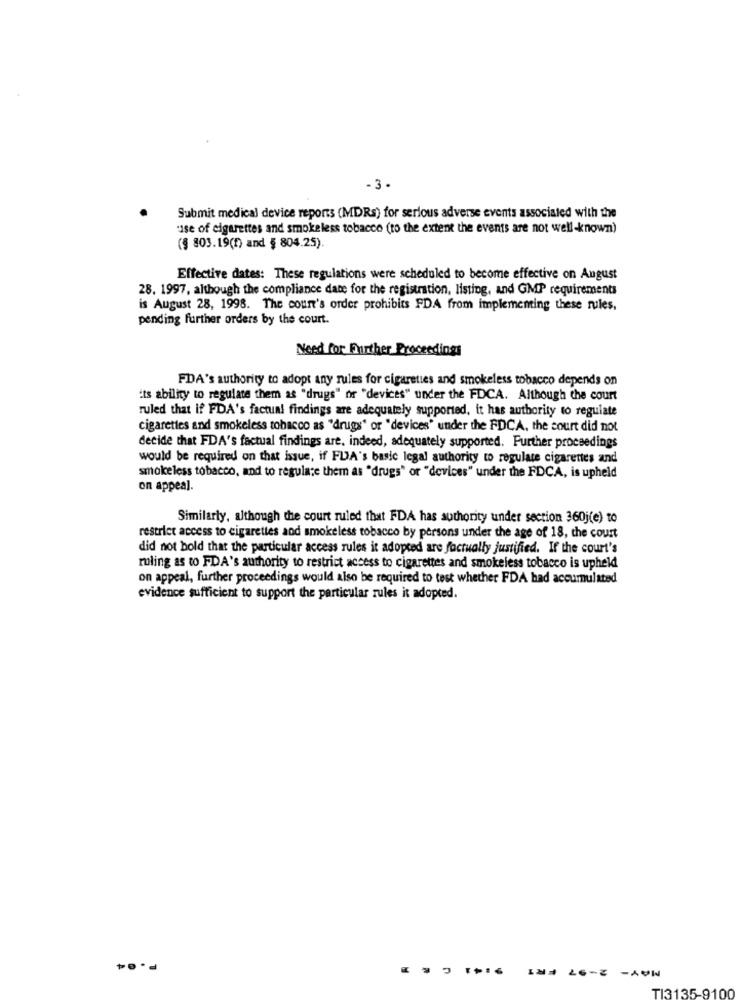
- 3.
Submit medical device reports (MDRs) for serious adverse events associated with the
"use of cigarettes and smokeless tobacco (to the extent the events are not well-known)
(§ 803.19(h) and § 804.25).
Effective dates: These regulations were scheduled to become effective on August
28. 1997, although the compliance date for the registration, listing, and GMP requirements
is August 28, 1998. The court's order prohibits FDA from implementing these rules,
pending further orders by the court.
Need for Further Proceedings
FDA's authority to adopt any rules for cigarettes and smokeless tobacco depends on
its ability to regulate them as "drugs" or "devices" under the FDCA. Although the court
ruled that if FDA's factual findings are adequately supported, it has authority to regulate
cigarettes and smokeless tobacco as "drugs" or "devices" under the FDCA, the court did not
decide that FDA's factual findings are, indeed, adequately supported. Further proceedings
would be required on that isque, if FLA's basic legal authority to regulate cigarettes and
smokeless tobacco, and to regulate them as "drugs" or "devices" under the FDCA, is upheld
on appeal.
Similarly, although the court ruled that FDA has authority under section 360j(e) to
restrict access to cigarettes and smokeless tobacco by persons under the age of 18, the court
did not hold that the particular access rules it adopted are factually justified. If the court's
ruling as to FDA's authority to restrict access to cigarettes and smokeless tobacco is upheld
on appeal, further proceedings would also be required to test whether FDA had accumulated
evidence sufficient to support the particular rules it adopted.
P.@4
MAY- 2-97 FRI
TI3135-9100